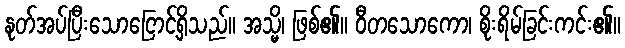
နုတ်အပ်ပြီးသောငြောင့်ရှိသည်။ အသ္မိ၊ ဖြစ်၏။ ဝီတသောကော၊ စိုးရိမ်ခြင်းကင်း၏။